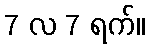
7 လ 7 ရက်။